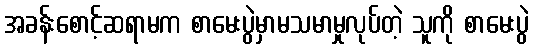
အခန်းစောင့်ဆရာမက စာမေးပွဲမှာမသမာမှုလုပ်တဲ့ သူကို စာမေးပွဲ